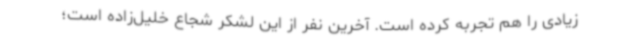
زیادی را هم تجربه کرده است. آخرین نفر از این لشکر شجاع خلیل‌زاده است؛